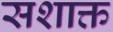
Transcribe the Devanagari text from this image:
सशाक्त